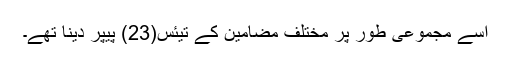
اسے مجموعی طور پر مختلف مضامین کے تیئس(23) پیپر دینا تھے۔